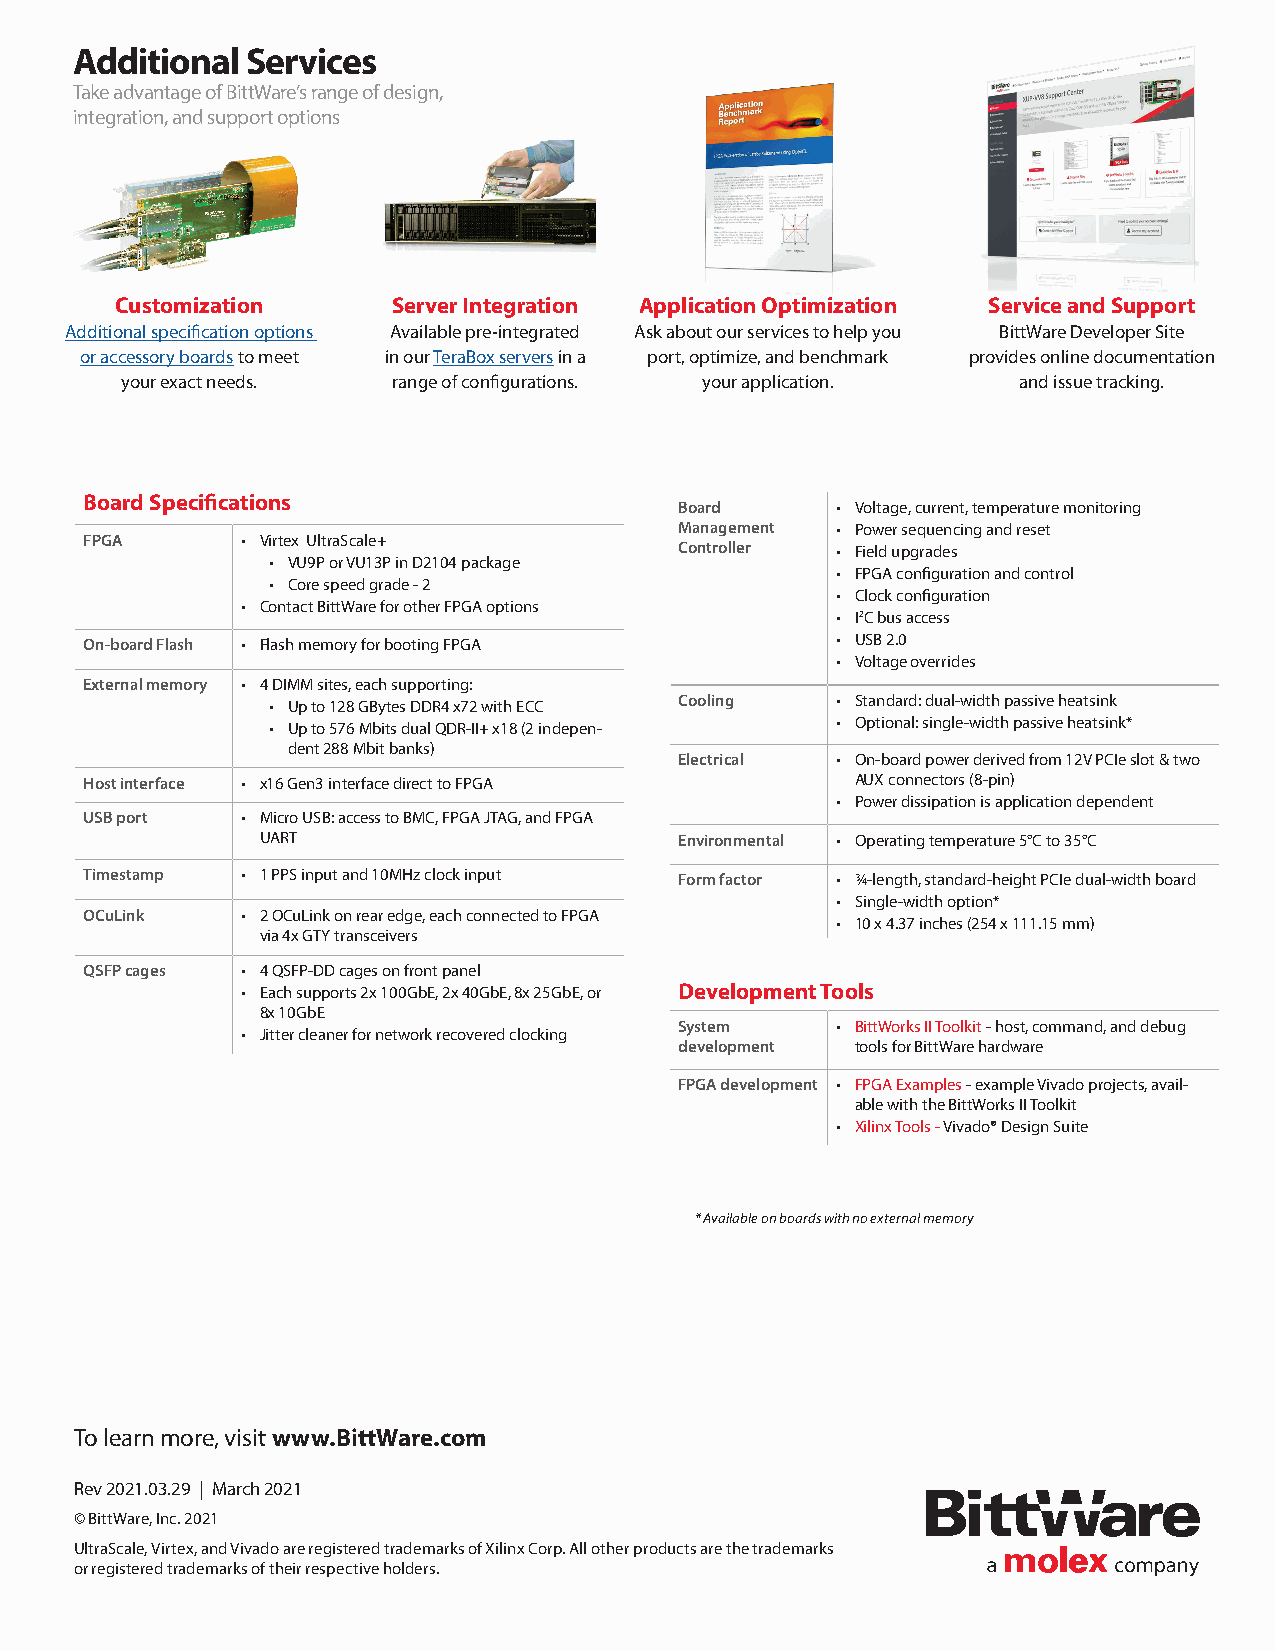
Additional Services
 Take advantage of BittWare’s range of design,
 integration, and support options
 Customization     Server Integration Application Optimization Service and Support
 Additional specification options Available pre-integrated Ask about our services to help you BittWare Developer Site
 or accessory boards to meet in our TeraBox servers in a port, optimize, and benchmark provides online documentation
 your exact needs. range of configurations. your application. and issue tracking.
 Board Specifications
 Board     • Voltage, current, temperature monitoring
 Management • Power sequencing and reset
 FPGA      • Virtex UltraScale+
 Controller • Field upgrades
 • VU9P or VU13P in D2104 package
 • FPGA configuration and control
 • Core speed grade - 2
 • Clock configuration
 • Contact BittWare for other FPGA options
 • I2C bus access
 On-board Flash • Flash memory for booting FPGA   • USB 2.0
 • Voltage overrides
 External memory • 4 DIMM sites, each supporting:
 Cooling   • Standard: dual-width passive heatsink
 • Up to 128 GBytes DDR4 x72 with ECC
 • Optional: single-width passive heatsink*
 • Up to 576 Mbits dual QDR-II+ x18 (2 indepen-
 dent 288 Mbit banks)
 Electrical • On-board power derived from 12V PCIe slot & two
 Host interface • x16 Gen3 interface direct to FPGA AUX connectors (8-pin)
 • Power dissipation is application dependent
 USB port  • Micro USB: access to BMC, FPGA JTAG, and FPGA
 UART                        Environmental • Operating temperature 5°C to 35°C
 Timestamp • 1 PPS input and 10MHz clock input Form factor • 3/4-length, standard-height PCIe dual-width board
 • Single-width option*
 OCuLink   • 2 OCuLink on rear edge, each connected to FPGA
 • 10 x 4.37 inches (254 x 111.15 mm)
 via 4x GTY transceivers
 QSFP cages • 4 QSFP-DD cages on front panel
 • Each supports 2x 100GbE, 2x 40GbE, 8x 25GbE, or Development Tools
 8x 10GbE
 System    • BittWorks II Toolkit - host, command, and debug
 • Jitter cleaner for network recovered clocking
 development tools for BittWare hardware
 FPGA development • FPGA Examples - example Vivado projects, avail-
 able with the BittWorks II Toolkit
 • Xilinx Tools - Vivado® Design Suite
 * Available on boards with no external memory
 To learn more, visit www.BittWare.com
 Rev 2021.03.29 | March 2021
 © BittWare, Inc. 2021
 UltraScale, Virtex, and Vivado are registered trademarks of Xilinx Corp. All other products are the trademarks
 or registered trademarks of their respective holders.